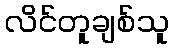
လိင်တူချစ်သူ